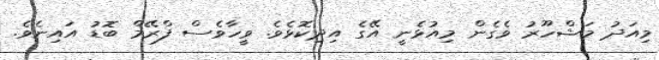
މިއަދު މަޝްހޫރު ވެގެން މިއުޅެނީ އޭގެ އިދިކޮޅެވެ. ވީހާވެސް ފްރޭމް ބޮޑު އައިނެވެ.